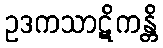
ဥဒကသာဋိကန္တိ